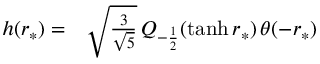
\begin{array} { r l } { h ( r _ { * } ) = } & { { } \sqrt { \frac { 3 } { \sqrt { 5 } } } \, Q _ { - \frac { 1 } { 2 } } ( \operatorname { t a n h } r _ { * } ) \, \theta ( - r _ { * } ) } \end{array}